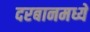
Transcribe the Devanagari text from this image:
दरबानमध्ये